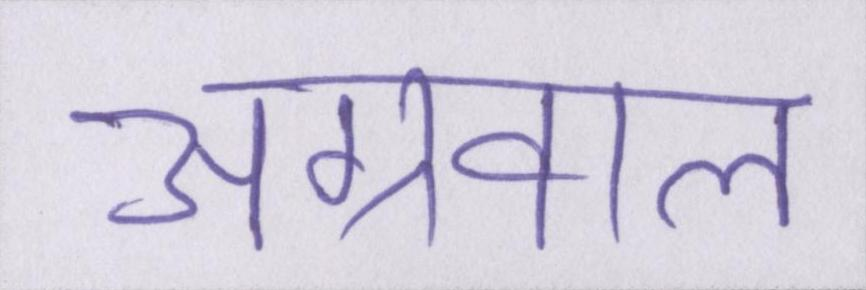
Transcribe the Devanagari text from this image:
अग्रवाल